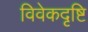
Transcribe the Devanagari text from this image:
विवेकदृष्टि